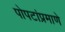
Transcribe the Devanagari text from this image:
पोपटांप्रमाणे